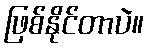
ဖြစ်နိုင်တာပဲ။